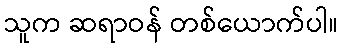
သူက ဆရာဝန် တစ်ယောက်ပါ။